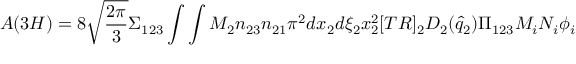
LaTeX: A ( 3 H ) = 8 { \sqrt { \frac { 2 \pi } { 3 } } } \Sigma _ { 1 2 3 } \int \int M _ { 2 } { n _ { 2 3 } n _ { 2 1 } } \pi ^ { 2 } d x _ { 2 } d \xi _ { 2 } x _ { 2 } ^ { 2 } [ T R ] _ { 2 } D _ { 2 } ( { \hat { q } } _ { 2 } ) { \Pi _ { 1 2 3 } { M _ { i } N _ { i } \phi _ { i } } }